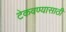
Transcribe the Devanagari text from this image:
टेकवण्यासाठी